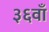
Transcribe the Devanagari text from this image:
३६वाँ